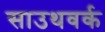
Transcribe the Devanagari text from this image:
साउथवर्क